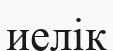
иелік